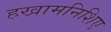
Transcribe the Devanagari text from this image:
हखामनिशिए